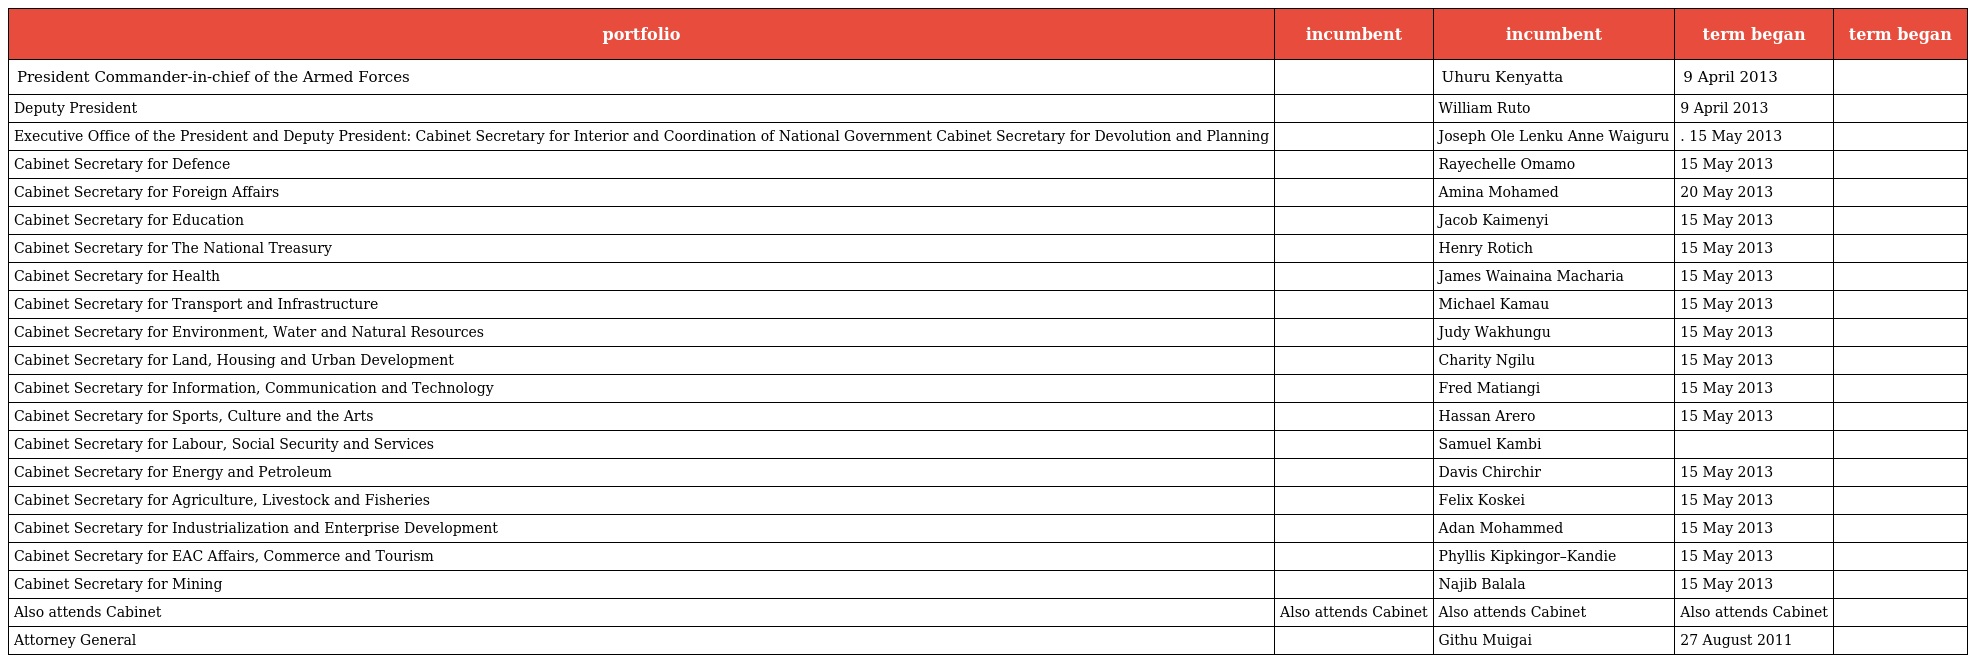
| portfolio | incumbent | incumbent | term began | term began |
 | --- | --- | --- | --- | --- |
 | President Commander-in-chief of the Armed Forces |  | Uhuru Kenyatta | 9 April 2013 |  |
 | Deputy President |  | William Ruto | 9 April 2013 |  |
 | Executive Office of the President and Deputy President: Cabinet Secretary for Interior and Coordination of National Government Cabinet Secretary for Devolution and Planning |  | Joseph Ole Lenku Anne Waiguru | . 15 May 2013 |  |
 | Cabinet Secretary for Defence |  | Rayechelle Omamo | 15 May 2013 |  |
 | Cabinet Secretary for Foreign Affairs |  | Amina Mohamed | 20 May 2013 |  |
 | Cabinet Secretary for Education |  | Jacob Kaimenyi | 15 May 2013 |  |
 | Cabinet Secretary for The National Treasury |  | Henry Rotich | 15 May 2013 |  |
 | Cabinet Secretary for Health |  | James Wainaina Macharia | 15 May 2013 |  |
 | Cabinet Secretary for Transport and Infrastructure |  | Michael Kamau | 15 May 2013 |  |
 | Cabinet Secretary for Environment, Water and Natural Resources |  | Judy Wakhungu | 15 May 2013 |  |
 | Cabinet Secretary for Land, Housing and Urban Development |  | Charity Ngilu | 15 May 2013 |  |
 | Cabinet Secretary for Information, Communication and Technology |  | Fred Matiangi | 15 May 2013 |  |
 | Cabinet Secretary for Sports, Culture and the Arts |  | Hassan Arero | 15 May 2013 |  |
 | Cabinet Secretary for Labour, Social Security and Services |  | Samuel Kambi |  |  |
 | Cabinet Secretary for Energy and Petroleum |  | Davis Chirchir | 15 May 2013 |  |
 | Cabinet Secretary for Agriculture, Livestock and Fisheries |  | Felix Koskei | 15 May 2013 |  |
 | Cabinet Secretary for Industrialization and Enterprise Development |  | Adan Mohammed | 15 May 2013 |  |
 | Cabinet Secretary for EAC Affairs, Commerce and Tourism |  | Phyllis Kipkingor–Kandie | 15 May 2013 |  |
 | Cabinet Secretary for Mining |  | Najib Balala | 15 May 2013 |  |
 | Also attends Cabinet | Also attends Cabinet | Also attends Cabinet | Also attends Cabinet |  |
 | Attorney General |  | Githu Muigai | 27 August 2011 |  |